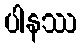
ပါနဿ